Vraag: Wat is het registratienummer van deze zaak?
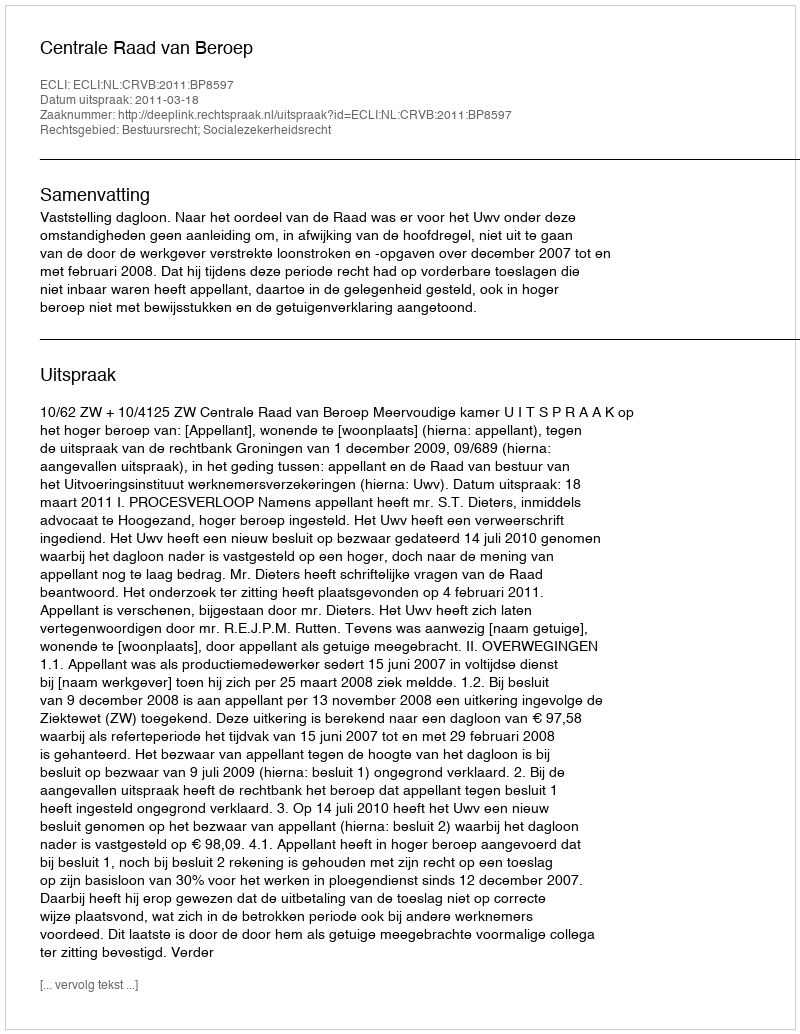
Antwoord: http://deeplink.rechtspraak.nl/uitspraak?id=ECLI:NL:CRVB:2011:BP8597